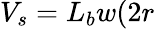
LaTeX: V_{s}=L_{b}w(2r